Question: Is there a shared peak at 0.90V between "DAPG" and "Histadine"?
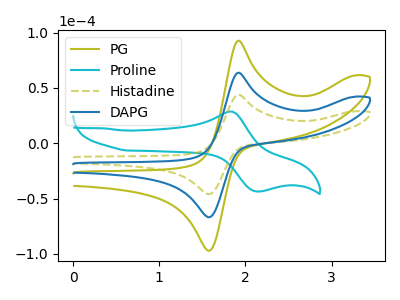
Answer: <think>The olive curve "PG" has an anodic peak at (1.90V, 127.60uA) and a cathodic peak at (1.55V, -133.35uA). The cyan curve "Proline" has an anodic peak at (1.80V, 28.80uA) and a cathodic peak at (2.15V, -43.50uA). The olive dashed curve "Histadine" has an anodic peak at (1.90V, 43.90uA) and a cathodic peak at (1.55V, -45.85uA). The blue curve "DAPG" has an anodic peak at (1.90V, 63.80uA) and a cathodic peak at (1.55V, -66.65uA).</think>
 <answer>No, "DAPG" and "Histadine" dont share a peak at 0.90V.</answer>
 <eval>mismatch</eval>